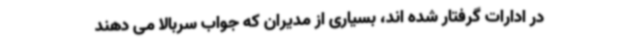
در ادارات گرفتار شده اند، بسیاری از مدیران که جواب سربالا می دهند